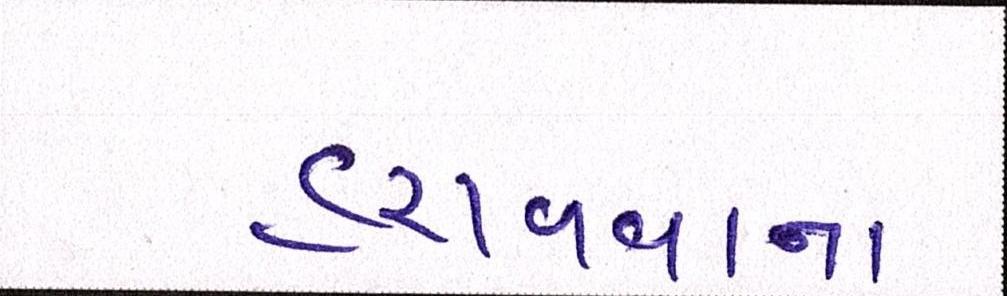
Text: હરાવવાના